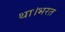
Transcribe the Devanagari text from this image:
था।भरत